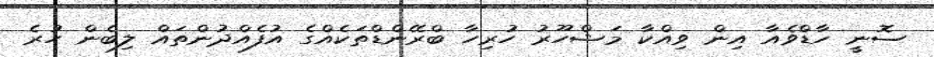
ސޮނީ ހާޑްވެއާ އިން ވިއްކާ މަޝްހޫރު ހުރިހާ ބްރޭންޑްތަކެއްގެ އުފެއްދުންތައް ލިބެން ހުރެ